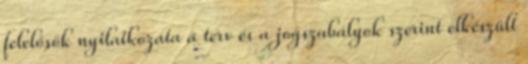
felelősök nyilatkozata a terv és a jogszabályok szerint elkészült